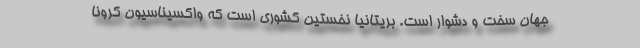
جهان سخت و دشوار است. بریتانیا نخستین کشوری است که واکسیناسیون کرونا